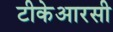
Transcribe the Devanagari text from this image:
टीकेआरसी